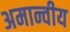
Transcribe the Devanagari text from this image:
अमान्वीय